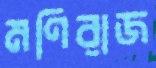
মণিরাজ